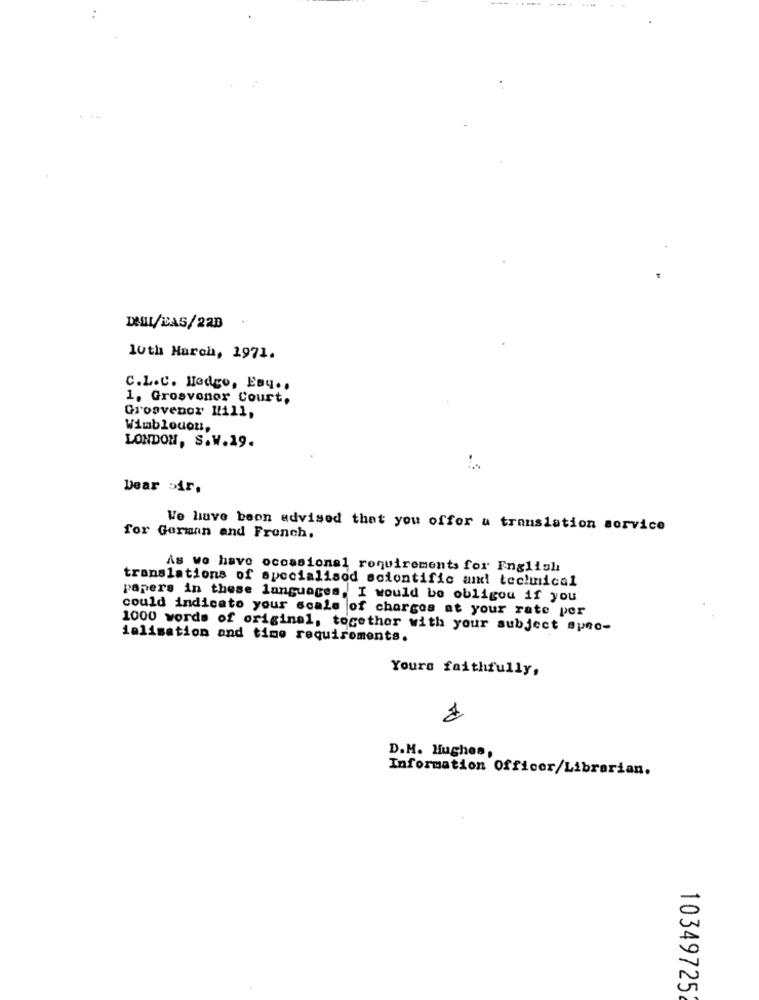
++44
DSL/BAG/22D
10th March, 1971.
C.L.C. Hodgo, EBy ..
1. Grosvonor Court,
Grosvenor Hill,
Wimblouon,
LONDON, S.W.19.
Dear bir.
We love beon advised that you offer a translation sorvice
for German and French.
As we have occasional requirements for English
translations of specialisod scientific and technical
papers in these languages, I would be obligou if you
could indicato your scale of charges at your rate per
1000 words of original, together with your subject spec-
ialisation and time requirements.
Yours faithfully,
D.M. Hughes,
Information Officer/Librarian.
103497252